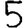
Digit: 5